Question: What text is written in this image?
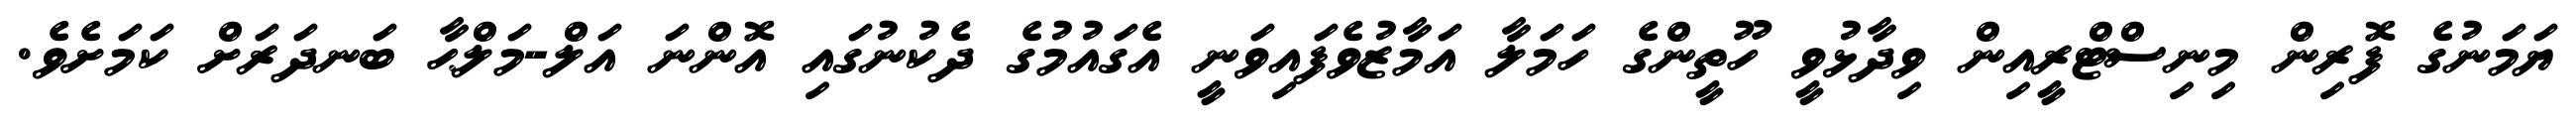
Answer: ޔަމަނުގެ ފޮރިން މިނިސްޓްރީއިން ވިދާޅުވީ ހޫތީންގެ ހަމަލާ އަމާޒުވެފައިވަނީ އެގައުމުގެ ދެކުނުގައި އޮންނަ އަލް-މަލްޙާ ބަނދަރަށް ކަމަށެވެ.